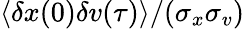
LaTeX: \langle\delta x(0)\delta v(\tau)\rangle/(\sigma_{x}\sigma_{v})